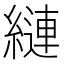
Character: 縺